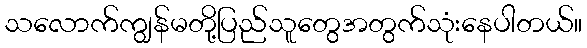
သလောက်ကျွန်မတို့ပြည်သူတွေအတွက်သုံးနေပါတယ်။